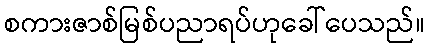
စကားဇာစ်မြစ်ပညာရပ်ဟုခေါ်ပေသည်။